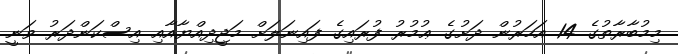
މިމުބާރާތުގެ 14 އަހަރުން ދަށުގެ ޢުމުރު ފުރައިގެ ފައިނަލަށް މަޖީދިއްޔާއާއި އިސްކަންދަރު ވަނީ